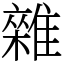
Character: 雜